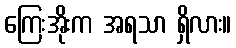
ကြေးအိုးက အရသာ ရှိလား။